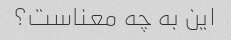
این به چه معناست؟